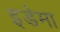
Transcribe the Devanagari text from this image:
इडेमा